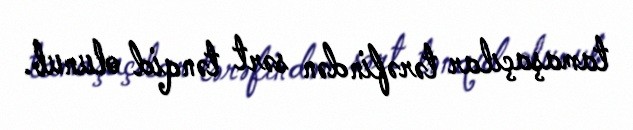
tamaşaçılar tərəfindən sərt tənqid olunub.